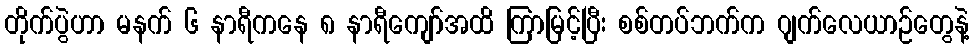
တိုက်ပွဲဟာ မနက် ၆ နာရီကနေ ၈ နာရီကျော်အထိ ကြာမြင့်ပြီး စစ်တပ်ဘက်က ဂျက်လေယာဉ်တွေနဲ့